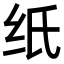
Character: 纸